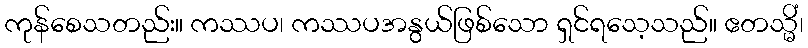
ကုန်စေသတည်း။ ကဿပ၊ ကဿပအနွယ်ဖြစ်သော ရှင်ရသေ့သည်။ ဧတသ္မိံ၊